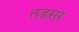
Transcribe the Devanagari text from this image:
तडसर